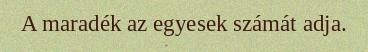
A maradék az egyesek számát adja.